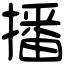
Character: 播